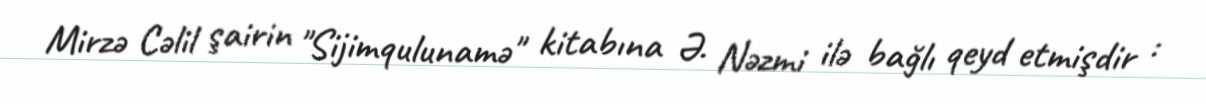
Mirzə Cəlil şairin "Sijimqulunamə" kitabına Ə. Nəzmi ilə bağlı qeyd etmişdir :